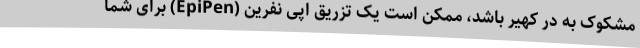
مشکوک به در کهیر باشد، ممکن است یک تزریق اپی نفرین (EpiPen) برای شما